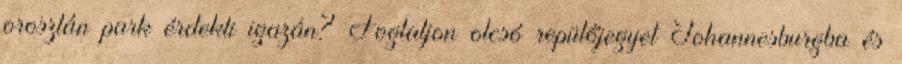
oroszlán park érdekli igazán? Foglaljon olcsó repülőjegyet Johannesburgba és